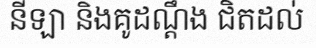
នីឡា និងគូដណ្តឹង ជិតដល់